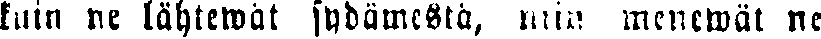
kuin ne lähtewät sydämestä, niin menewät ne